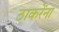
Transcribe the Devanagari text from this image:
ठाकरेंना